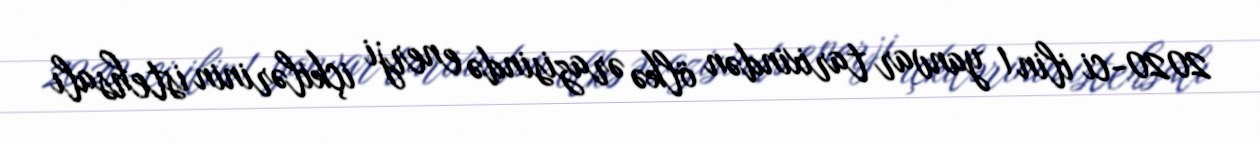
2020-ci ilin 1 yanvar tarixindən ölkə ərazisində enerji içkilərinin istehsalı